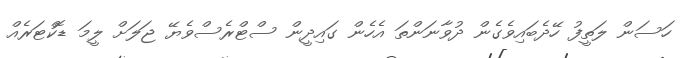
ހަސަން ލަތީފު ހޭދެބައިވެގެން ދުވާނަންތަ އެހެން ގައިދީން ސްޓްރެސްވެޔޭ ޖަލަށް ލީމަ ޑޮކްޓަރެއް